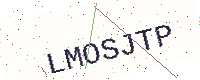
Text: LMOSJTP